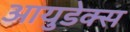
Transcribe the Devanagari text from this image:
आयुडेक्स